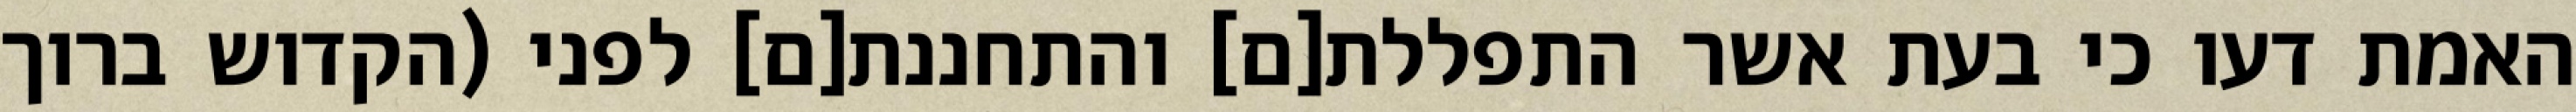
האמת דעו כי בעת אשר התפללת[ם] והתחננת[ם] לפני (הקדוש ברוך